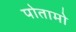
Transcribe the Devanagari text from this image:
पोतामो